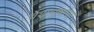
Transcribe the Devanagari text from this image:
वेशभूषांना